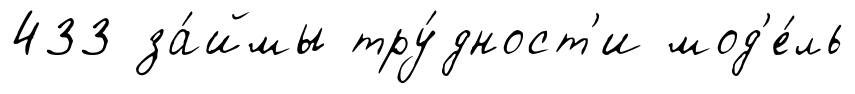
433 за́ймы тру́дност'и мод'е́ль